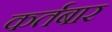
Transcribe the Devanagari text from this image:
कर्तबार